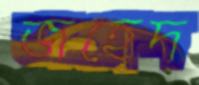
জহেদ